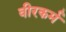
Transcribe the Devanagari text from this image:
वीरकर्म